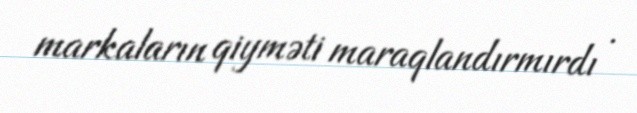
markaların qiyməti maraqlandırmırdı .